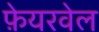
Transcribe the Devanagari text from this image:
फ़ेयरवेल